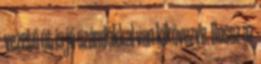
vezető út is jó szándékkal van kikövezve. Rossz az